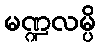
မဏ္ဍလမ္ပိ